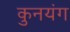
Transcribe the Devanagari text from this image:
कुनयंग